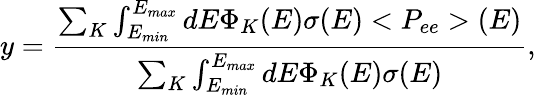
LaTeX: y=\frac{\sum_{K}\int_{E_{min}}^{E_{max}}dE\Phi_{K}(E)\sigma(E)<P_{ee}>(E)}{\sum_{K}\int_{E_{min}}^{E_{max}}dE\Phi_{K}(E)\sigma(E)},